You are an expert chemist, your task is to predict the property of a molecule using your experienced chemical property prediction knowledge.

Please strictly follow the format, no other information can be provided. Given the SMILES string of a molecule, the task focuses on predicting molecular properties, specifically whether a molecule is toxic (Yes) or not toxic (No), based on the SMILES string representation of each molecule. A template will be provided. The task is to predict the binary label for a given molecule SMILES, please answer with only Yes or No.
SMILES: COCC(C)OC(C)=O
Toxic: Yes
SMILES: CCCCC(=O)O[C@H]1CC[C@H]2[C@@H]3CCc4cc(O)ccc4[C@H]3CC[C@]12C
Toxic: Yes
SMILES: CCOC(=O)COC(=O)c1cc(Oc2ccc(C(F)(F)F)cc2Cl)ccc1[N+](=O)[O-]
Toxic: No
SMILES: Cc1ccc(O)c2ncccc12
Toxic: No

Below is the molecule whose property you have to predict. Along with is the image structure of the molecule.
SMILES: CCC(C)=NO
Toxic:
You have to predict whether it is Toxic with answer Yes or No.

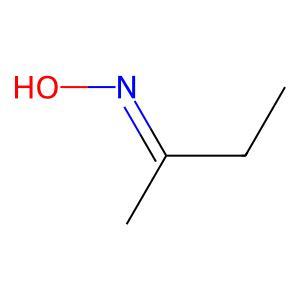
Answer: No